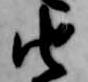
由